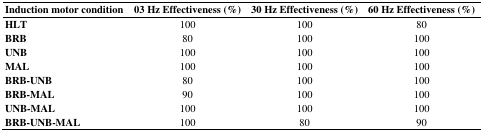
| Induction motor condition | 03 Hz Effectiveness (%) | 30 Hz Effectiveness (%) | 60 Hz Effectiveness (%) |
 | --- | --- | --- | --- |
 | HLT | 100 | 100 | 80 |
 | BRB | 80 | 100 | 100 |
 | UNB | 100 | 100 | 100 |
 | MAL | 100 | 100 | 100 |
 | BRB-UNB | 80 | 100 | 100 |
 | BRB-MAL | 90 | 100 | 100 |
 | UNB-MAL | 100 | 100 | 100 |
 | BRB-UNB-MAL | 100 | 80 | 90 |